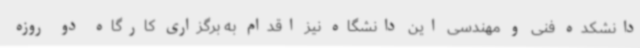
دانشکده فنی و مهندسی این دانشگاه نیز اقدام به برگزاری کارگاه دو روزه